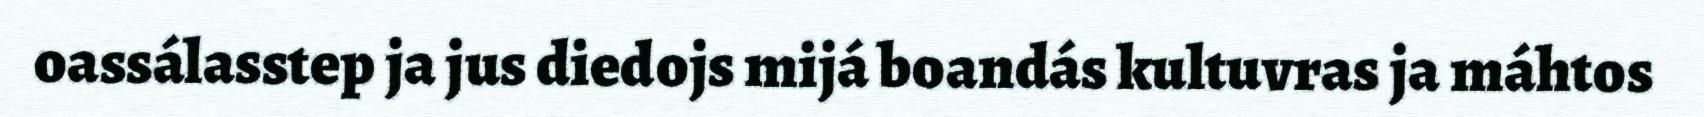
oassálasstep ja jus diedojs mijá boandás kultuvras ja máhtos